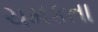
ચમકતા